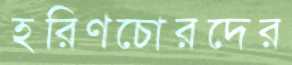
হরিণচোরদের